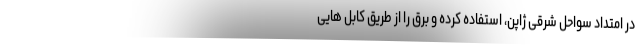
در امتداد سواحل شرقی ژاپن، استفاده کرده و برق را از طریق کابل هایی